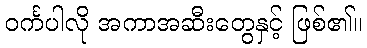
ဝင်္ကပါလို အကာအဆီးတွေနှင့် ဖြစ်၏။